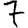
Digit: 7